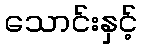
သောင်းနှင့်